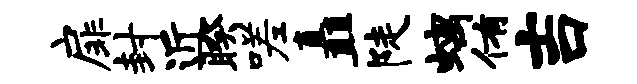
扉封近睽嗟矗陡螭侑吉